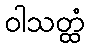
ဝါသတ္ထံ